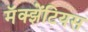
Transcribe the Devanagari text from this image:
मॅक्झेंटियस